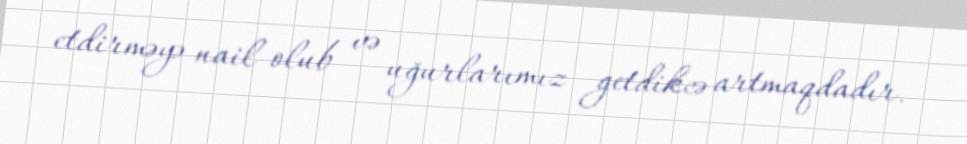
etdirməyə nail olub və uğurlarımız getdikcə artmaqdadır.